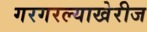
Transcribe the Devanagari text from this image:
गरगरल्याखेरीज